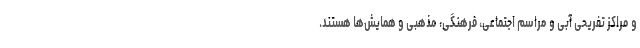
و مراکز تفریحی آبی و مراسم اجتماعی، فرهنگی، مذهبی و همایش‌ها هستند.